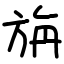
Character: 旃